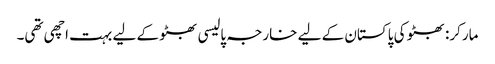
مارکر: بھٹو کی پاکستان کے لیے خارجہ پالیسی بھٹو کے لیے بہت اچھی تھی۔